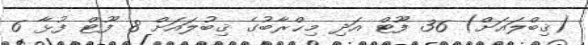
(ޤިބްލައަށް) 36 ފޫޓް އަދި މިޙްރާބުގެ ޤިބުލައަށް 8 ފޫޓް ފުޅާ 6